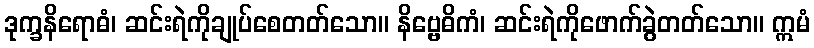
ဒုက္ခနိရောဓံ၊ ဆင်းရဲကိုချုပ်စေတတ်သော။ နိဗ္ဗေဓိကံ၊ ဆင်းရဲကိုဖောက်ခွဲတတ်သော။ ဣမံ